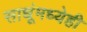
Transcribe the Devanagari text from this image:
साधूंमध्येही